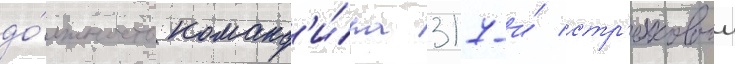
до́лжность команд'и́ра 317-и́ стр'елковои